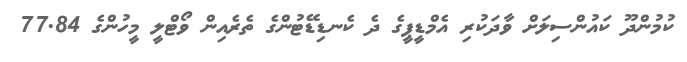
ކުމުންދޫ ކައުންސިލަށް ވާދަކުރި އެމްޑީޕީގެ ދެ ކެނޑިޑޭޓުންގެ ތެރެއިން ވޯޓްލީ މީހުންގެ 77.84